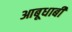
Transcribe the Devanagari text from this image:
आबूधाबी